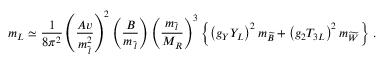
m _ { L } \simeq \frac { 1 } { 8 \pi ^ { 2 } } \left( \frac { A v } { m _ { \tilde { \, l } } ^ { 2 } } \right) ^ { 2 } \left( \frac { B } { m _ { \tilde { \, l } } } \right) \left( \frac { m _ { \tilde { \, l } } } { M _ { R } } \right) ^ { 3 } \left\{ \left( g _ { Y } Y _ { L } \right) ^ { 2 } m _ { \widetilde { B } } + \left( g _ { 2 } T _ { 3 L } \right) ^ { 2 } m _ { \widetilde { W } } \right\} \, .